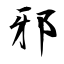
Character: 邪